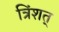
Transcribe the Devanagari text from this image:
त्रिंशत्